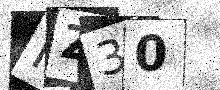
Text: NZ30